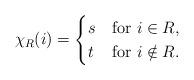
LaTeX: \begin{gather*}\chi_R(i) =\begin{cases}s & \mbox{for } i\in R, \\t & \mbox{for } i \notin R .\end{cases}\end{gather*}